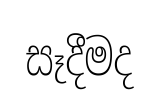
සෑදීමද